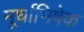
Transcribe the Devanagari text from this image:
मूर्धाभिषेक